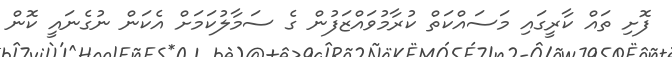
ފޮށި ތައް ކާރީގައި މަސައްކަތް ކުރާމުވައްޒަފުން ގެ ސަމާލުކަމަށް އެކަން ނުގެނައީ ކޮން